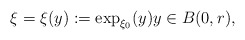
\begin{align*}\xi=\xi(y):=\exp_{\xi_{0}}(y)y\in B(0,r),\end{align*}